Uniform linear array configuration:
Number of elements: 32
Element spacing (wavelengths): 1
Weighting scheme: hamming
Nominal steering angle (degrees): -15
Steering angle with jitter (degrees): -14.591
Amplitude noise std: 0.05
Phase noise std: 0.05

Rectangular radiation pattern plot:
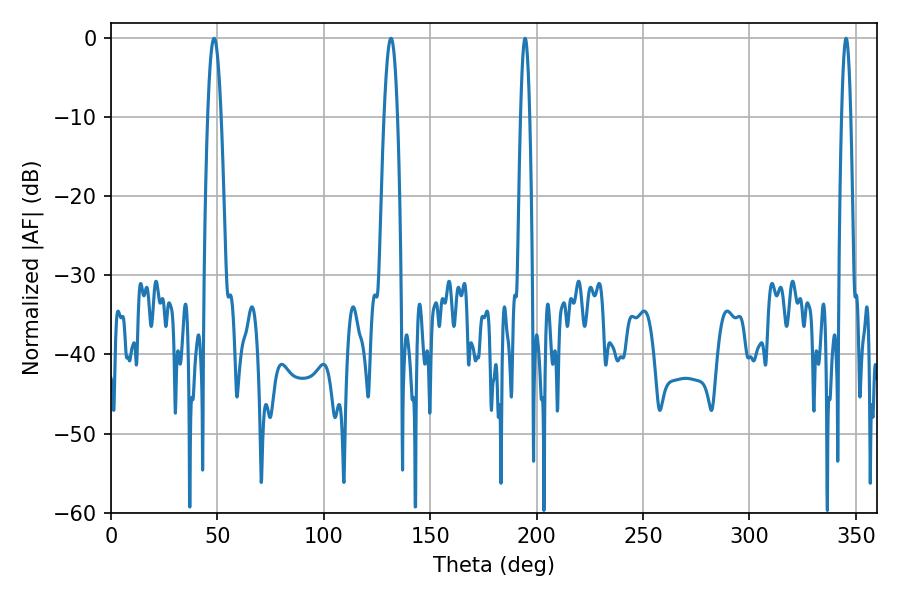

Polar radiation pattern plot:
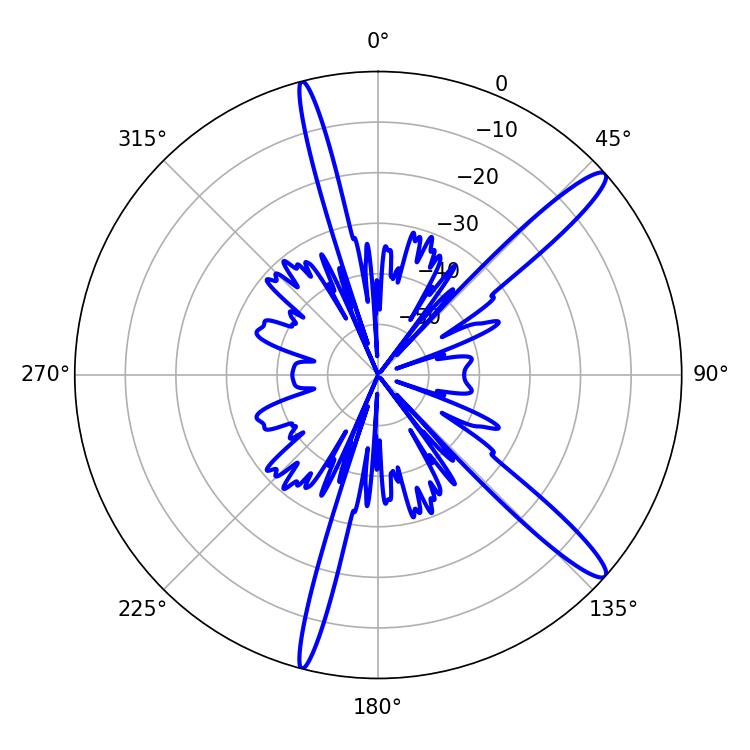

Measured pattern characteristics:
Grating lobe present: TRUE
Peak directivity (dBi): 14.202
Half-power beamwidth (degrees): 2.16
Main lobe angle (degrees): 194.58